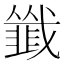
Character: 韱